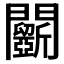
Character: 𨷵